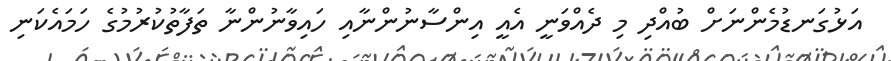
އަޅުގަނޑުމެންނަށް ބުއްދި މި ދެއްވަނީ އެއީ އިންސާނުންނާއި ހައިވާނުންނާ ތަފާތުކުރުމުގެ ހަމައެކަނި